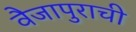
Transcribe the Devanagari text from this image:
वैजापुराची